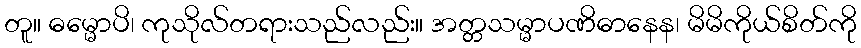
တူ။ ဓမ္မောပိ၊ ကုသိုလ်တရားသည်လည်း။ အတ္တသမ္မာပဏိဓာနေန၊ မိမိကိုယ်စိတ်ကို